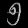
Digit: ၅